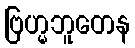
ဗြဟ္မဘူတေန